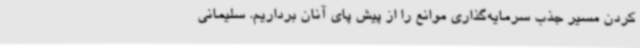
کردن مسیر جذب سرمایه‌گذاری موانع را از پیش پای آنان برداریم. سلیمانی